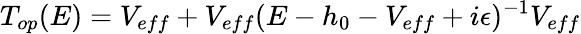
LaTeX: T_{op}(E)=V_{eff}+V_{eff}(E-h_{0}-V_{eff}+i\epsilon)^{-1}V_{eff}